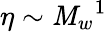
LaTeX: \eta\sim{\mathit{M}_{w}}^{1}